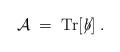
LaTeX: \begin{align*}{\mathcal A} \;=\; {\rm Tr}[ \not \! b] \;.\end{align*}